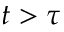
t > \tau